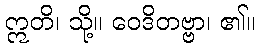
ဣတိ၊ သို့။ ဝေဒိတဗ္ဗာ၊ ၏။